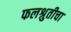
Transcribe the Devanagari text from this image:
फलश्रुतीचा